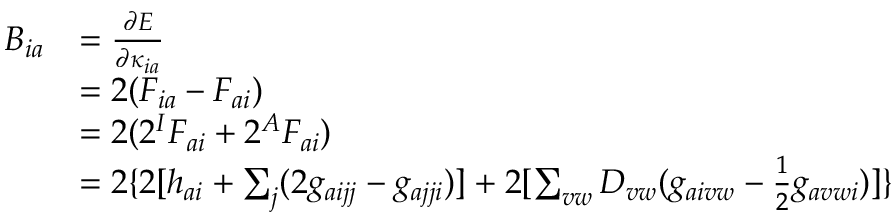
\begin{array} { r l } { B _ { i a } } & { = \frac { \partial E } { \partial \kappa _ { i a } } } \\ & { = 2 ( F _ { i a } - F _ { a i } ) } \\ & { = 2 ( 2 ^ { I } F _ { a i } + 2 ^ { A } F _ { a i } ) } \\ & { = 2 \{ 2 [ h _ { a i } + \sum _ { j } ( 2 g _ { a i j j } - g _ { a j j i } ) ] + 2 [ \sum _ { v w } D _ { v w } ( g _ { a i v w } - \frac { 1 } { 2 } g _ { a v w i } ) ] \} } \end{array}